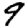
Digit: 9